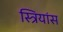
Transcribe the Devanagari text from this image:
स्त्रियांस